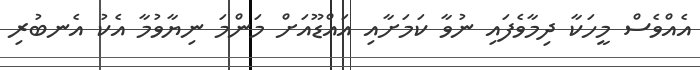
އެއްވެސް މީހަކާ ދިމާވެފައި ނުވާ ކަމަށާއި އައްޑޫއަށް މަންމަ ނިޔާވުމާ އެކު އެނބުރި